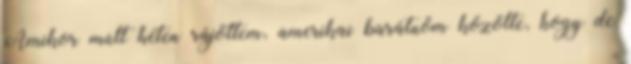
Amikor múlt héten rájöttem, amerikai barátnőm közölte, hogy de